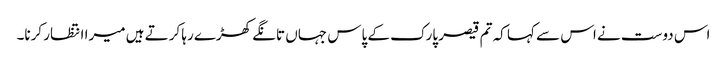
اس دوست نے اس سے کہا کہ تم قیصر پارک کے پاس جہاں تانگے کھڑے رہا کرتے ہیں میرا انتظار کرنا۔